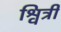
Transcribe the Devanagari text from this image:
श्वित्री